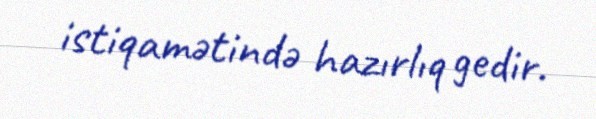
istiqamətində hazırlıq gedir.